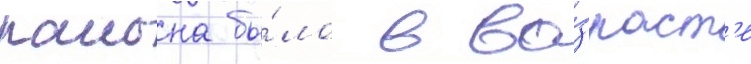
раиона бы́ло в во́зраст'е